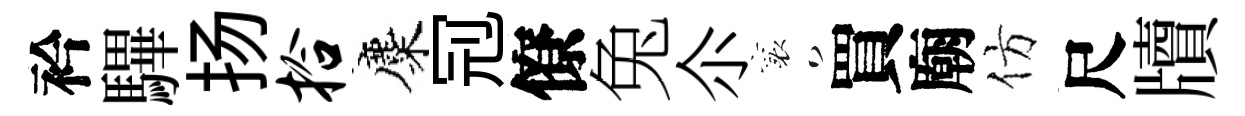
衿驆扬拾麋𠜍僚兔尒襄買廟仿尺牘